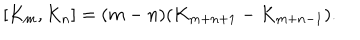
[ K _ { m } , K _ { n } ] = ( m - n ) ( K _ { m + n + 1 } - K _ { m + n - 1 } ) .